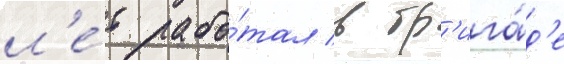
л'е́т рабо́тал в бр'ига́д'е